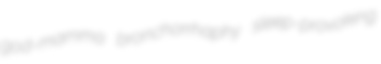
god-mamma bronchorrhaphy sleep-provoking